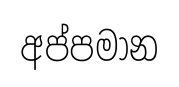
අප්පමාන